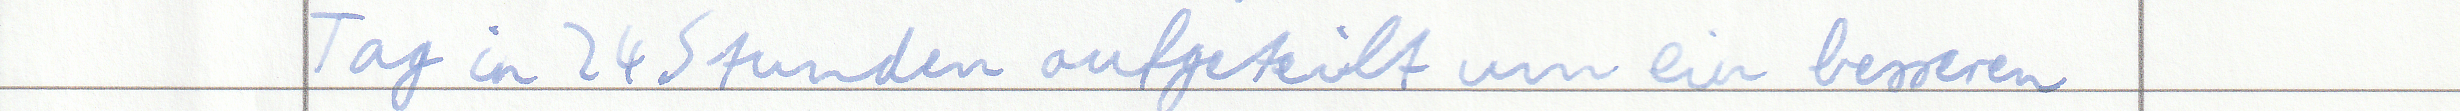
Tag in 24 Stunden aufgeteilt um ein besseren